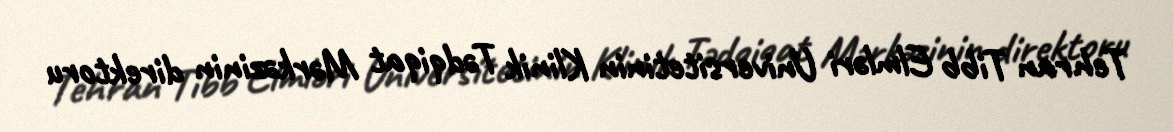
Tehran Tibb Elmləri Universitetinin Klinik Tədqiqat Mərkəzinin direktoru